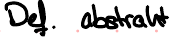
Def. abstrakt